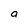
Character: a